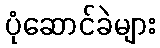
ပုံဆောင်ခဲများ